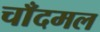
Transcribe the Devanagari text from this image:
चाँदमल